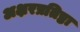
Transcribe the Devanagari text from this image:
अक्षरप्रतिष्ठा